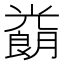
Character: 𱏮